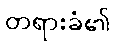
တရားခံ၏